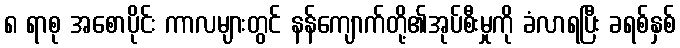
၈ ရာစု အစောပိုင်း ကာလများတွင် နန်ကျောက်တို့၏အုပ်စီးမှုကို ခံလာရပြီး ခရစ်နှစ်